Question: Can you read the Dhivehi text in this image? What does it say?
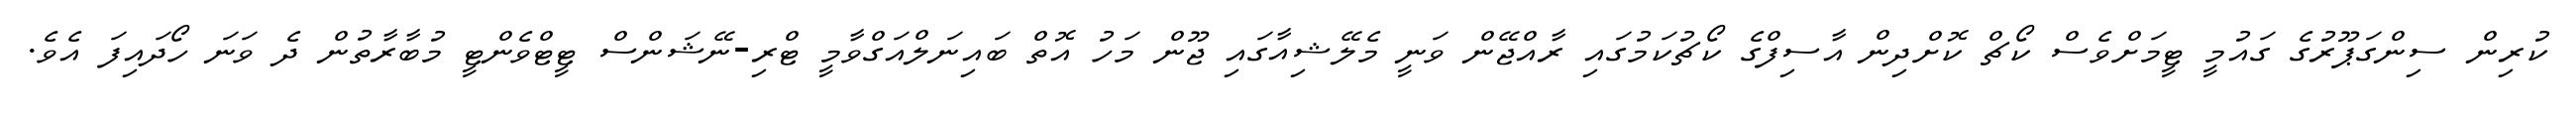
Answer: ކުރިން ސިންގަޕޫރުގެ ގައުމީ ޓީމަށްވެސް ކޯޗް ކޮށްދިން އާސިފްގެ ކޯޗުކަމުގައި ރާއްޖޭން ވަނީ މެލޭޝިއާގައި ޖޫން މަހު އޮތް ބައިނަލްއަގްވާމީ ޓްރި-ނޭޝަންސް ޓީޓްވެންޓީ މުބާރާތުން ދެ ވަނަ ހޯދައިފަ އެވެ.